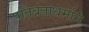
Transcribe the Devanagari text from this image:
पतिव्रताधर्माने